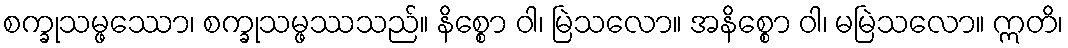
စက္ခုသမ္ဖဿော၊ စက္ခုသမ္ဖဿသည်။ နိစ္စော ဝါ၊ မြဲသလော။ အနိစ္စော ဝါ၊ မမြဲသလော။ ဣတိ၊